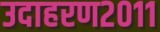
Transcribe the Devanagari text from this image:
उदाहरण२०११